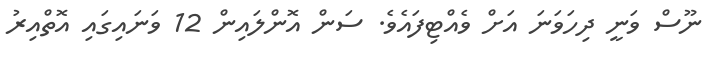
ނޫސް ވަނީ ދިހަވަނަ އަށް ވެއްޓިފައެވެ. ސަން އޮންލައިން 12 ވަނައިގައި އޮތްއިރު